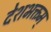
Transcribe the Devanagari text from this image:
देशभक्तम्